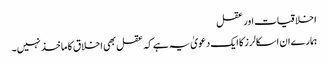
اخلاقیات اور عقل
ہمارے ان اسکالرز کا ایک دعویٰ یہ ہے کہ عقل بھی اخلاق کا ماخذ نہیں۔